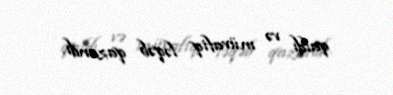
qaldı və müvafiq ləqəb qazandı.